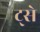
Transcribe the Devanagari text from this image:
ट्से